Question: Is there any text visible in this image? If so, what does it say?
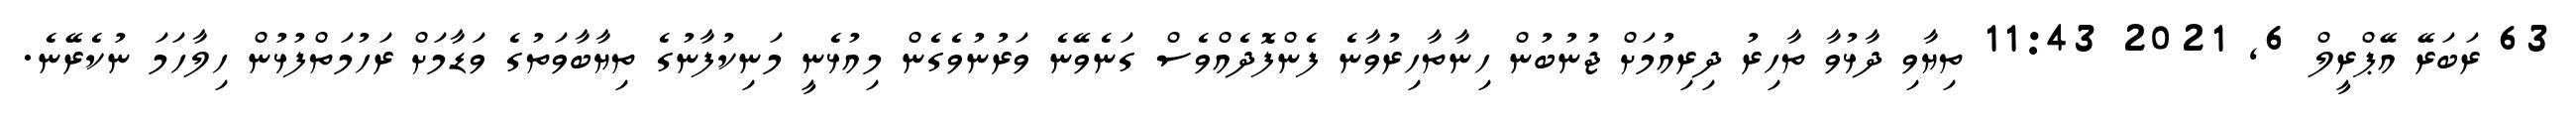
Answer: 63 ރަބަރޭ އޭޕްރީލް 6, 2021 11:43 ތިޔާވި ދާޅުވާ ތާހިރު ދިރިއުމަށް ޖުނުބުން ހިނާތާހިރުވާނެ ފެންފޮދެއްވެސް ގަނެވޭނެ ވަރުނުވެގެން މިއުޅެނީ މަނިކުފާނުގެ ތިޔާބާވަތުގެ ވަޑާމަށް ރަހުމަތްފުޅުން ހިލާހަމަ ނުކެރޭނެ.